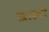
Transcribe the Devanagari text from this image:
खाडवी